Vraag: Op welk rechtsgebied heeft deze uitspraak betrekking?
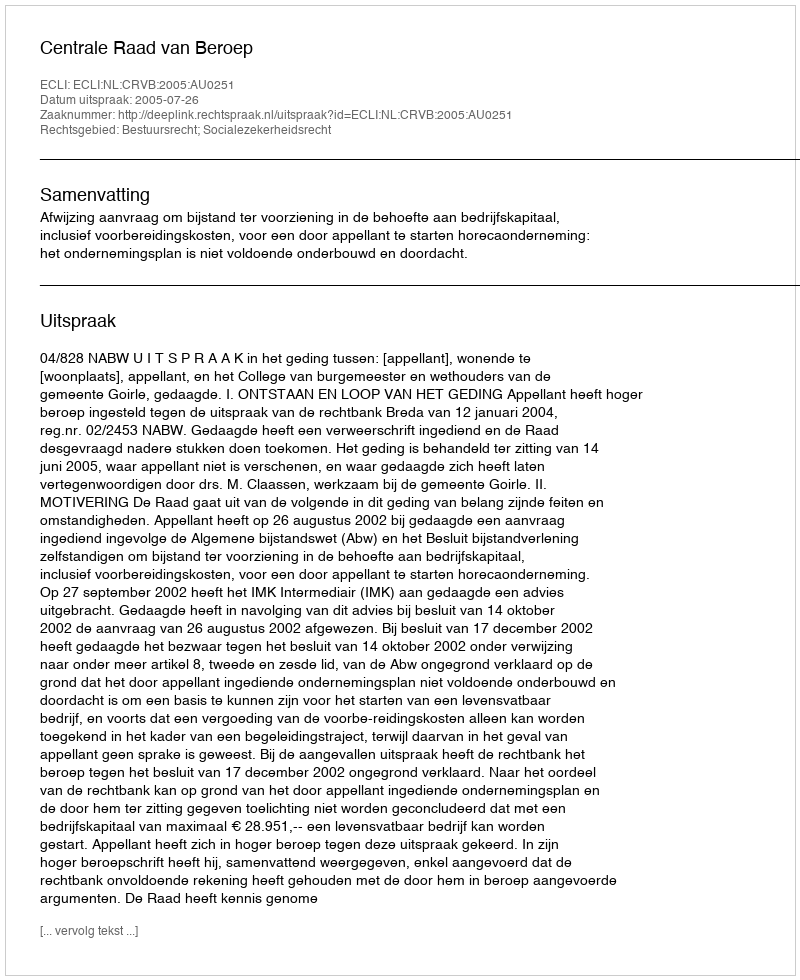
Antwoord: Bestuursrecht; Socialezekerheidsrecht